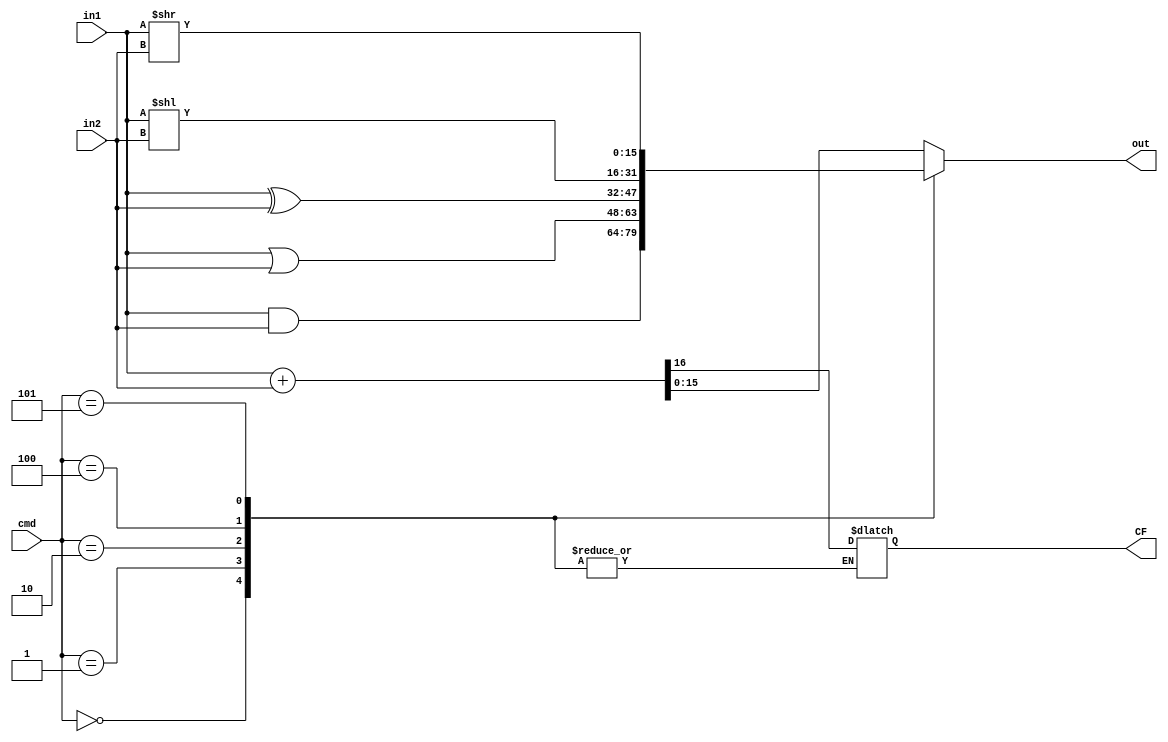
module MCPU_Alu(cmd,in1,in2,out,CF);
parameter CMD_SIZE=3;
parameter WORD_SIZE=16;

parameter  [CMD_SIZE-1:0]  CMD_AND  = 0; //2'b00
parameter  [CMD_SIZE-1:0]  CMD_OR   = 1; //2'b01
parameter  [CMD_SIZE-1:0]  CMD_XOR   = 2; //2'b10
parameter  [CMD_SIZE-1:0]  CMD_ADD   = 3; //2'b11
parameter  [CMD_SIZE-1:0]  CMD_LSL   = 4; //2'b100
parameter  [CMD_SIZE-1:0]  CMD_LSR   = 5; //2'b101


input [CMD_SIZE-1:0] cmd;
input [WORD_SIZE-1:0] in1;
input [WORD_SIZE-1:0] in2;
output[WORD_SIZE-1:0] out;
//carry flag
output CF;

wire [CMD_SIZE-1:0] cmd;
wire [WORD_SIZE-1:0] in1;
wire [WORD_SIZE-1:0] in2;
reg  [WORD_SIZE-1:0] out;
//carry flag
reg  CF;

always @ (cmd, in1, in2)
  #2
case(cmd)
  CMD_AND : begin
               out = in1&in2; 
      end
  CMD_OR : begin
              out = in1|in2;
            end
  CMD_XOR : begin
              out = in1^in2;
            end
  CMD_LSL : begin
              out = in1<<in2;
            end
  CMD_LSR : begin
              out = in1>>in2;
            end          
  default : begin
              {CF,out} = in1+in2;
            end
 endcase

endmodule